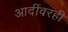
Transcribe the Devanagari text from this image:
आदींवरही